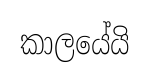
කාලයේයි